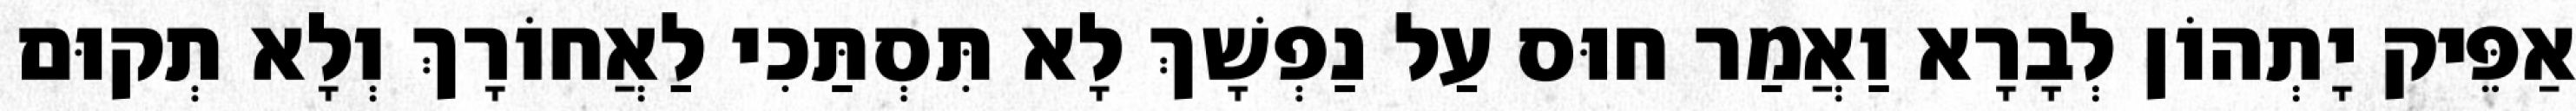
אַפֵּיק יָתְהוֹן לְבָרָא וַאֲמַר חוּס עַל נַפְשָׁךְ לָא תִּסְתַּכִי לַאֲחוֹרָךְ וְלָא תְקוּם